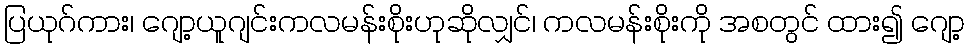
ပြယုဂ်ကား၊ ဂျော့ယူဂျင်းကလမန်းစိုးဟုဆိုလျှင်၊ ကလမန်းစိုးကို အစတွင် ထား၍ ဂျော့